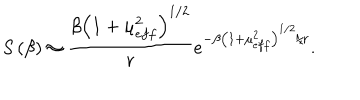
S \left( \beta \right) \approx \frac { \beta \left( 1 + \mu _ { e f f } ^ { 2 } \right) ^ { 1 / 2 } } { r } e ^ { - \beta \left( 1 + \mu _ { e f f } ^ { 2 } \right) ^ { 1 / 2 } / r } .